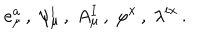
e _ { \mu } ^ { a } \, , \ \psi _ { \mu } ^ { i } \, , \ A _ { \mu } ^ { I } \, , \ \varphi ^ { x } \, , \ \lambda ^ { i x } \, .